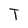
Character: T